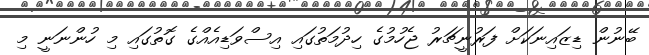
ބޭނުން ޑިޒައިނަކަށް ފަރުނީޗަރު ޖެހުމުގެ ހިދުމަތުގައި އިސްވަޑިއެއްގެ ގޮތުގައި މި ހުންނަނީ މި